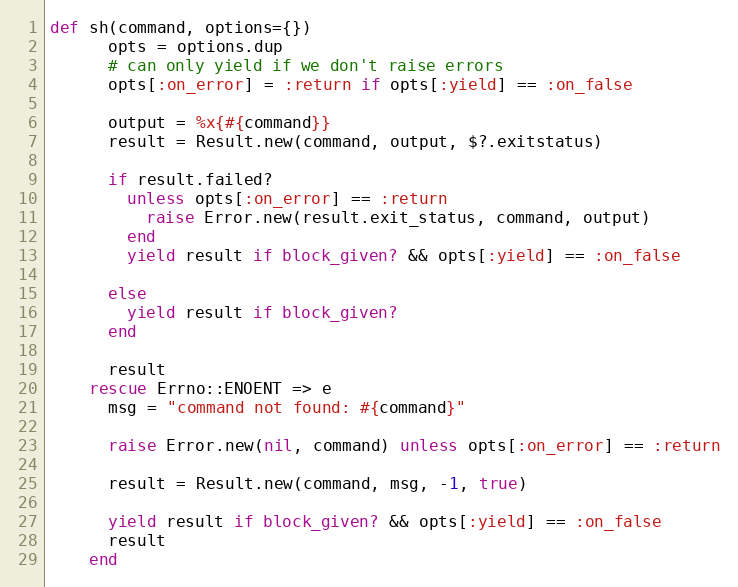
Language: Ruby
def sh(command, options={})
      opts = options.dup
      # can only yield if we don't raise errors
      opts[:on_error] = :return if opts[:yield] == :on_false

      output = %x{#{command}}
      result = Result.new(command, output, $?.exitstatus)

      if result.failed?
        unless opts[:on_error] == :return
          raise Error.new(result.exit_status, command, output)
        end
        yield result if block_given? && opts[:yield] == :on_false

      else
        yield result if block_given?
      end

      result
    rescue Errno::ENOENT => e
      msg = "command not found: #{command}"

      raise Error.new(nil, command) unless opts[:on_error] == :return

      result = Result.new(command, msg, -1, true)

      yield result if block_given? && opts[:yield] == :on_false
      result
    end